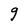
Character: g